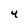
Character: 4